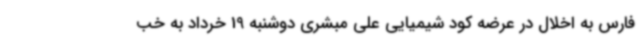
فارس به اخلال در عرضه کود شیمیایی علی مبشری دوشنبه 19 خرداد به خب